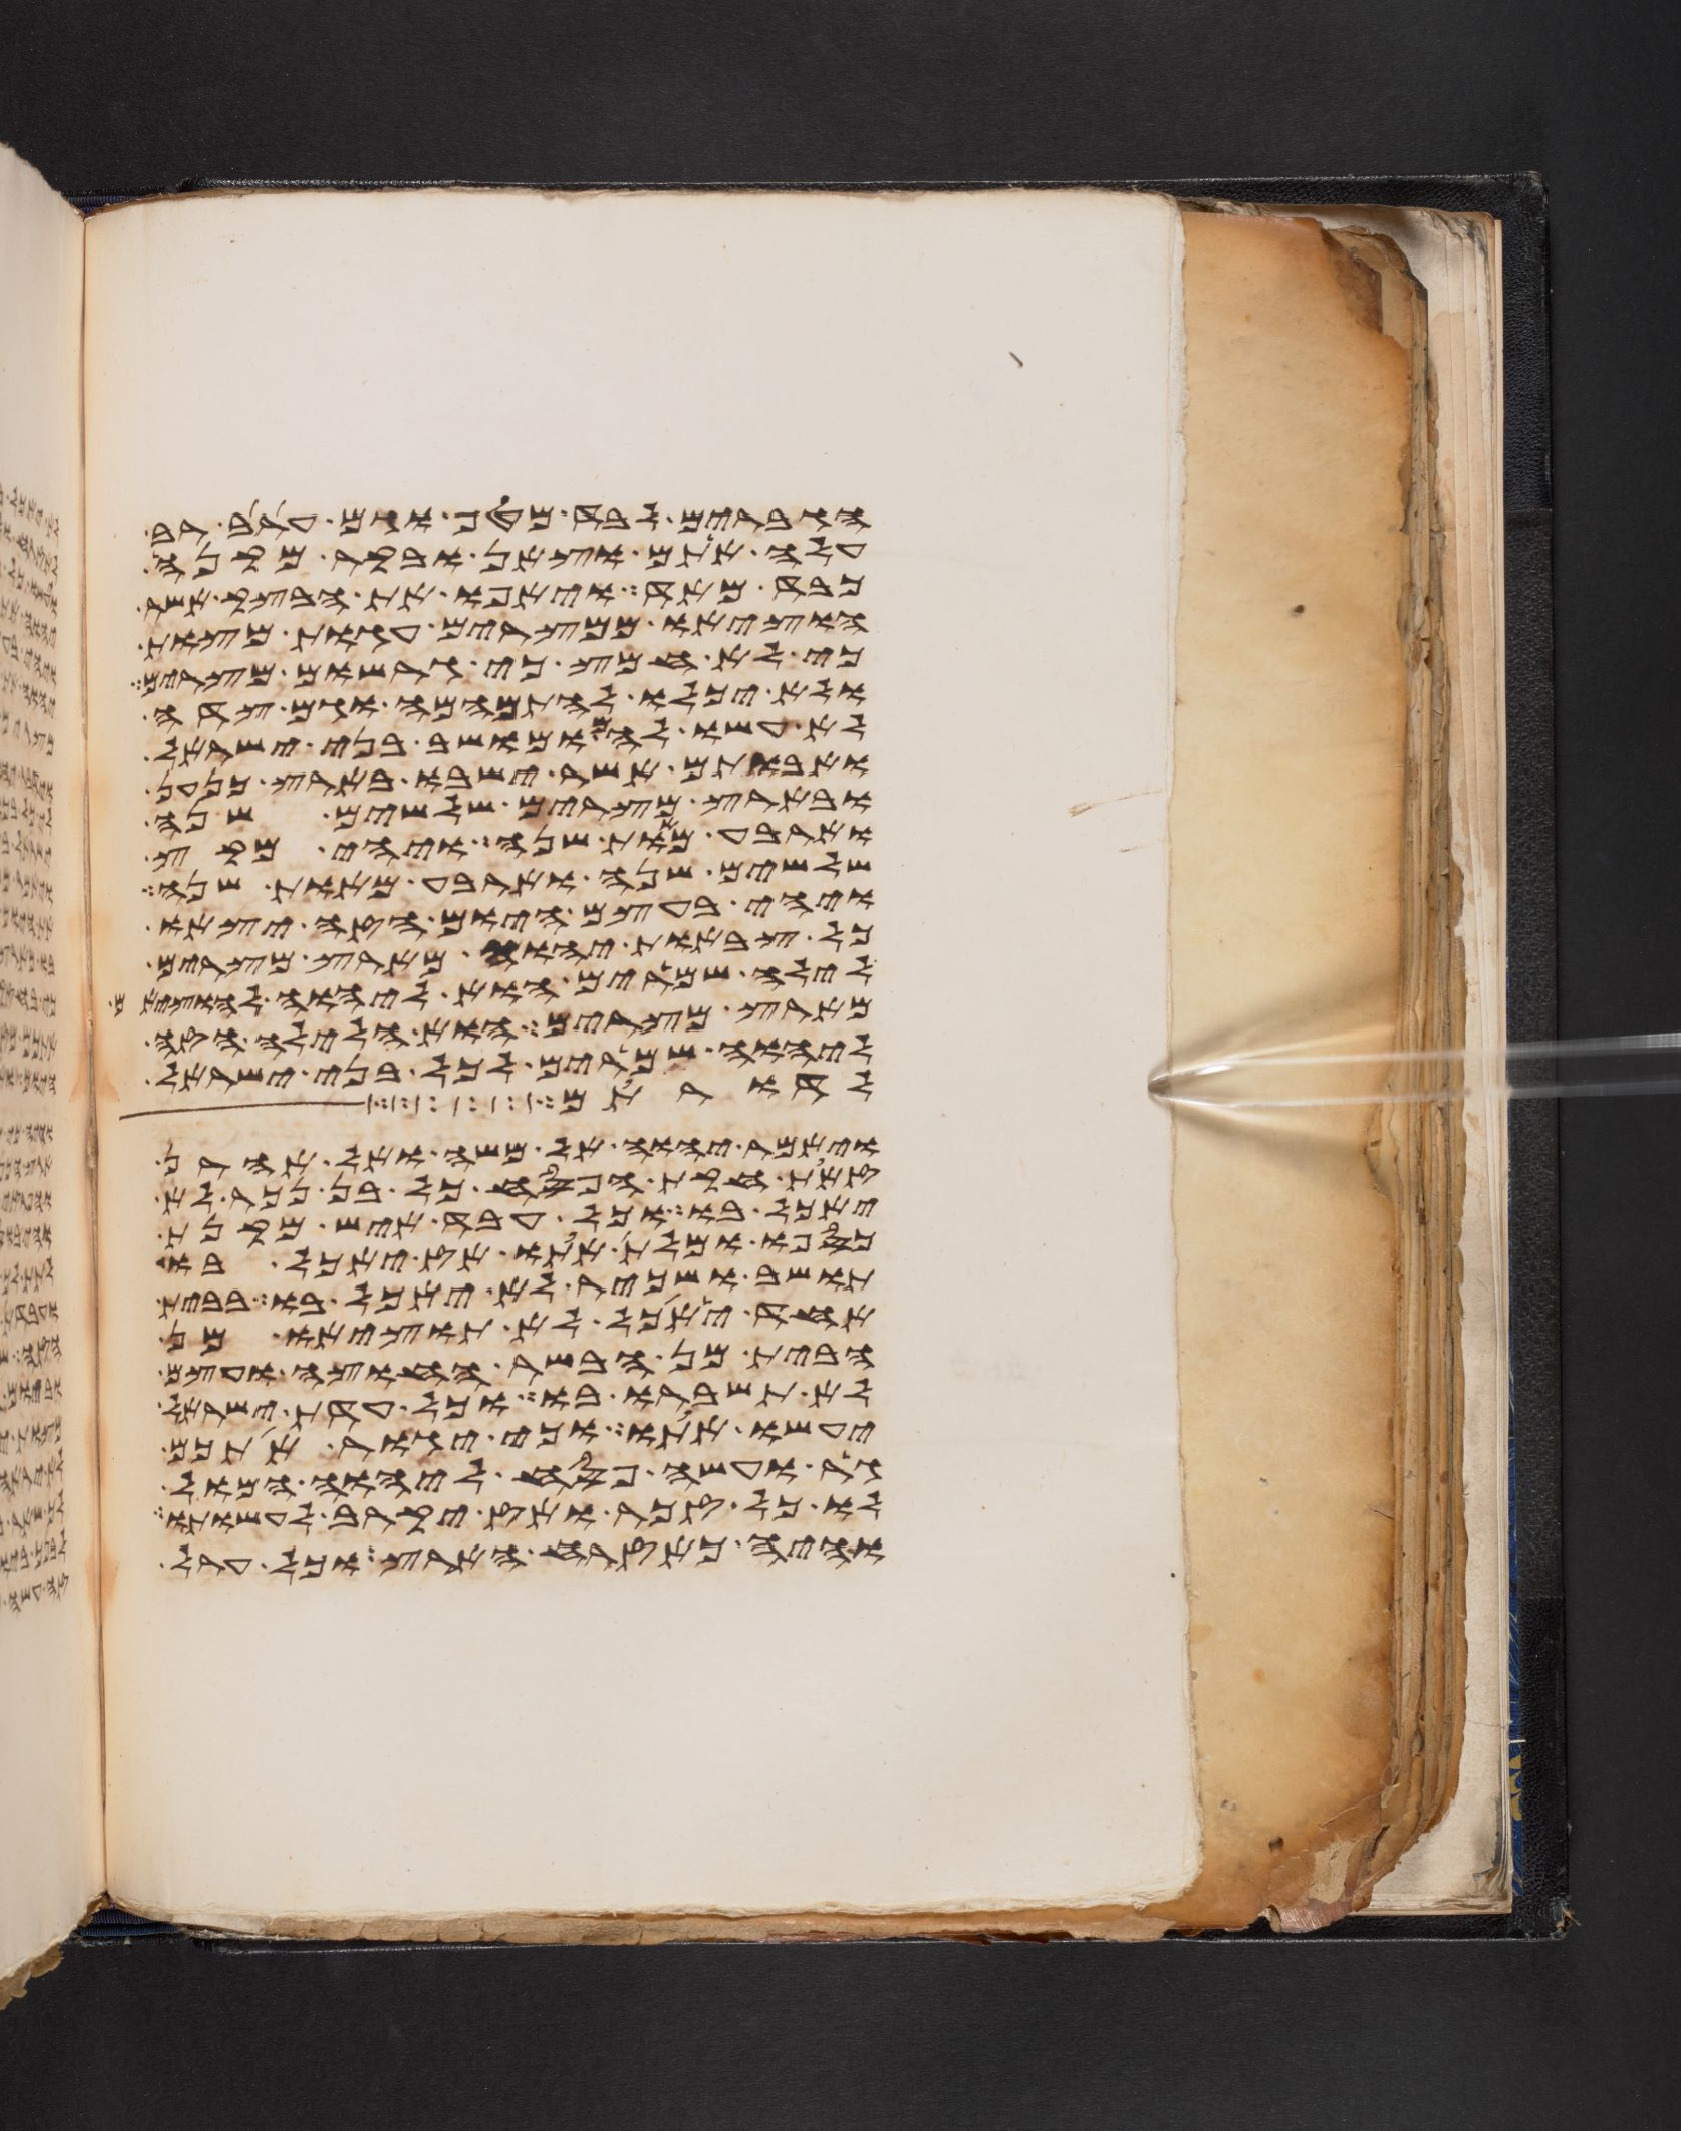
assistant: הגברים לבד מטף וגם ערב רב
עלה אתם וצאן ובקר מקנה
כבד מאד ויאפו את הבצק אשר
הוציאו ממצרים עגות מצות
כי לא חמץ כי גרשום מצרים
ולא יכלו להתמהמה וגם צדה
לא עשו להם ומושב בני ישראל
ואבותם אשר ישבו בארץ כנען
ובארץ מצרים שלשים שנה
וארבע מאות שנה ויהי מקץ
שלשים שנה וארבע מאות שנה
ויהי בעצם היום הזה יצאו
כל צבאות יהוה מארץ מצרים
לילה שמרים הוא ליהוה להוציאם
מארץ מצרים הוא הלילה הזה
ליהוה שמרים לכל בני ישראל
לתת לכם
ויאמר יהוה אל משה ואל אהרן
זאת חקת הפסח כל בן נכר לא
יאכל בו וכל עבד איש מקנת
כספו ומלת אתו אז יאכל בו
תושב ושכיר לא יאכל בו בבית
אחד יאכל לא תוציאו מן
הבית מן הבשר החוצה ועצם
לא תשברו בו כל עדת ישראל
יעשו אתו וכי יגור אתכם
גר ועשה פסח ליהוה המול
לו כל זכר ואז יקרב לעשותו
והיה כאזרח הארץ וכל ערל